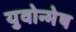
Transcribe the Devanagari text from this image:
युवोन्मेष